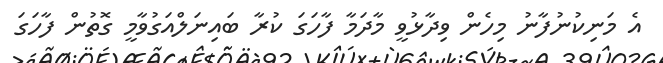
އެ މަނިކުނުފާނު މިހެން ވިދާޅުވީ މާދަމާ ފާހަގަ ކުރާ ބައިނަލްއަގުވާމީ ގޮތުން ފާހަގަ